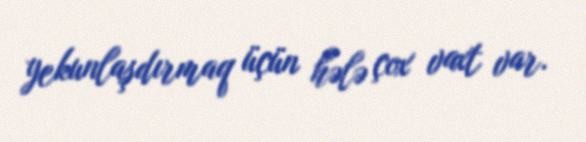
yekunlaşdırmaq üçün hələ çox vaxt var.